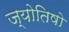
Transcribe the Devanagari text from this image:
ज्योतिषो